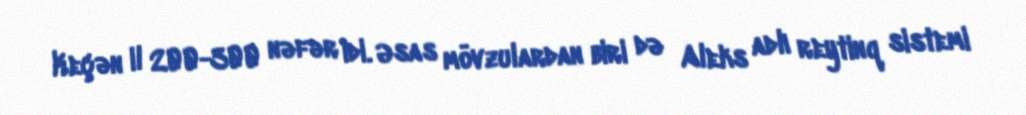
Keçən il 200-300 nəfər idi. Əsas mövzulardan biri də Aleks adlı reytinq sistemi